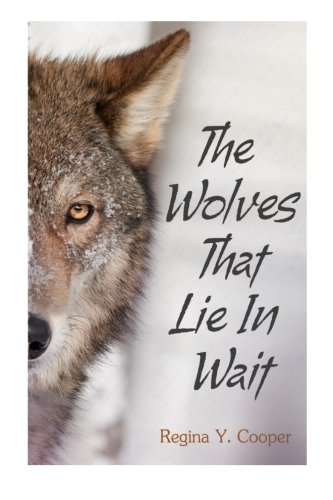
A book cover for The Wolves That Lie in Wait; Ms Regina Y Cooper; Christian Books & Bibles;